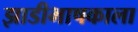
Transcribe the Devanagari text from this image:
झाडीभाषकाला